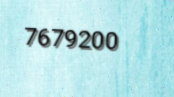
7679200